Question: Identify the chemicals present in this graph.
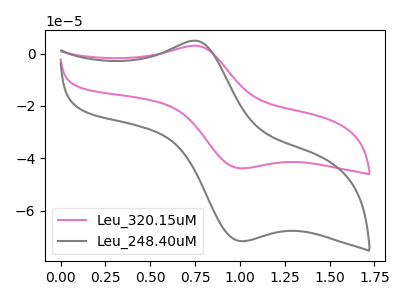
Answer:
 <answer>The pink curve is labeled "Leu_320.15uM". The gray curve is labeled "Leu_248.40uM".</answer>
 <eval></eval>